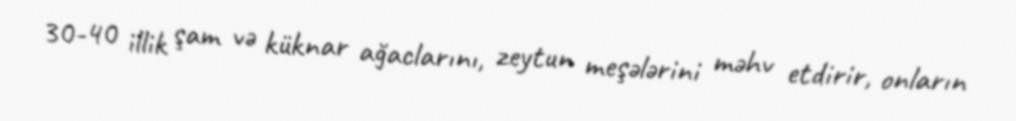
30-40 illik şam və küknar ağaclarını, zeytun meşələrini məhv etdirir, onların